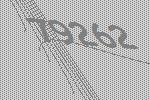
79262